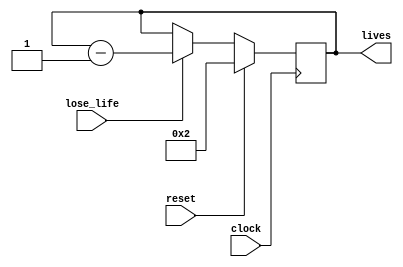
module LifeCounter(clock,lose_life, reset, lives);
	input clock;
	input lose_life;
	input reset;
	output reg [3:0]lives;
	
	always@(posedge clock)
	begin
		if(reset)
			lives <= 4'b0010;
		else if(lose_life)
			lives <= lives - 1'b1;
		else
			lives <= lives;
	end
endmodule